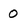
Character: 0